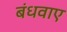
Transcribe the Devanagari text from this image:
बंधवाए